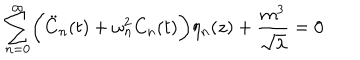
LaTeX: \sum _ { n = 0 } ^ { \infty } \biggl ( { \ddot { C } } _ { n } ( t ) + \omega _ { n } ^ { 2 } C _ { n } ( t ) \biggr ) \eta _ { n } ( z ) + \frac { m ^ { 3 } } { \sqrt \lambda } = 0